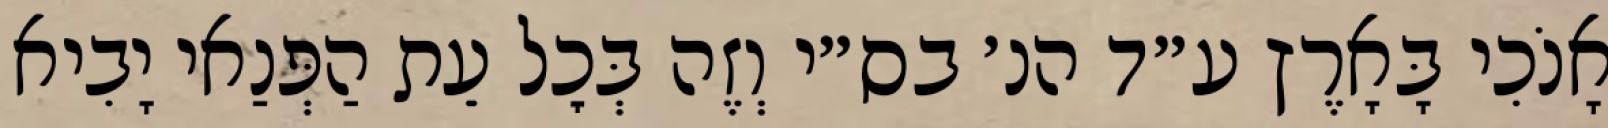
אָנֹכִי בָּאָרֶץ ע״ד הנ׳ בס״י וְזֶה בְּכׇל עֵת הַפְּנַאי יָבִיא